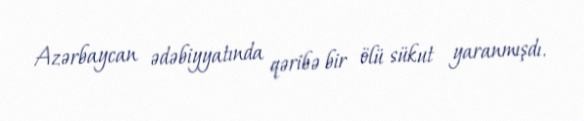
Azərbaycan ədəbiyyatında qəribə bir ölü sükut yaranmışdı.